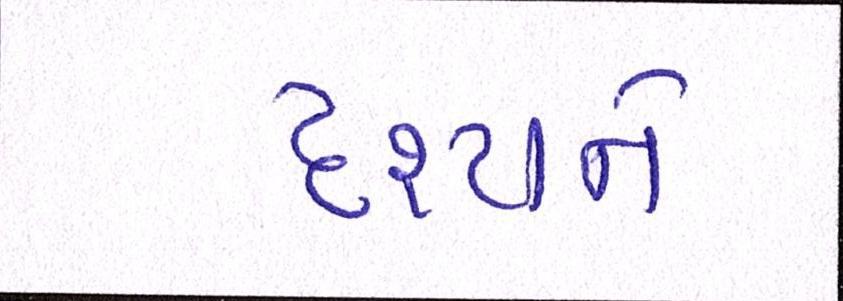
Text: દૃશ્યને